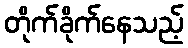
တိုက်ခိုက်နေသည့်